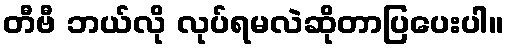
တီဗီ ဘယ်လို လုပ်ရမလဲဆိုတာပြပေးပါ။